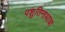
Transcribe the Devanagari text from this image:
पशुतिनाथाचा